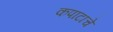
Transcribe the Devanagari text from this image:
कपाटाचे